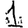
Digit: 1